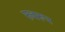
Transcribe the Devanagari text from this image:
रुवरूप